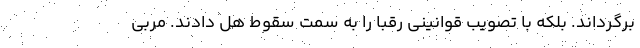
برگرداند. بلکه با تصویب قوانینی رقبا را به سمت سقوط هُل دادند. مربی